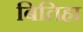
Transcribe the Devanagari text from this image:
बितिहा